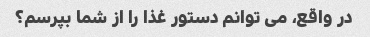
در واقع، می توانم دستور غذا را از شما بپرسم؟